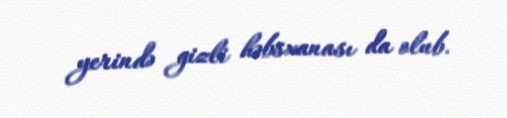
yerində gizli həbsxanası da olub.